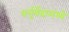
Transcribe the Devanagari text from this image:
धर्नुर्वेदामध्ये